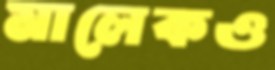
মালেকও